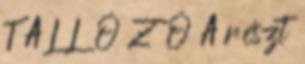
T A L L Ó Z Ó A részt